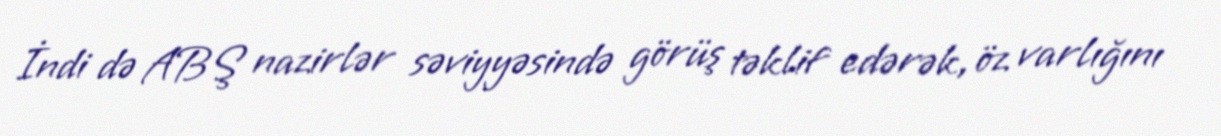
İndi də ABŞ nazirlər səviyyəsində görüş təklif edərək, öz varlığını